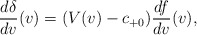
\begin{align*} \frac{d\delta}{dv}(v)=(V(v)-c_{+0})\frac{df}{dv}(v),\end{align*}